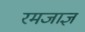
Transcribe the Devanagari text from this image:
रमजाज्ञ